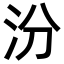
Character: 汾